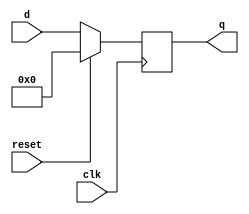
module top_module (
    input clk,
    input reset,            // Synchronous reset
    input [7:0] d,
    output [7:0] q
);
    
    always @(posedge clk) begin
        if (reset == 1'b1) begin
            q <= {8{1'b0}};
        end
        else begin
            q <= d;
        end
    end

endmodule